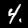
Digit: 4